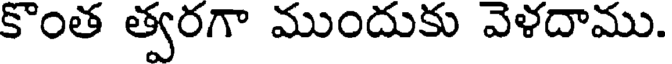
కొంత త్వరగా ముందుకు వెళదాము.